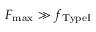
F _ { \mathrm { m a x } } \gg f _ { \mathrm { T y p e I } }